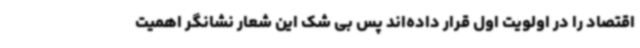
اقتصاد را در اولویت اول قرار داده‌اند پس بی شک این شعار نشانگر اهمیت